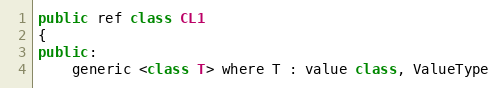
Language: C++
public ref class CL1
{
public:
	generic <class T> where T : value class, ValueType